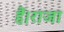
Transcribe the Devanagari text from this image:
हैं।राजा